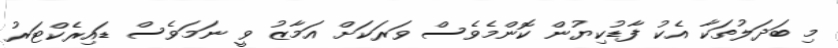
މި ބަދަލުތަކާ އެކު ފާޑުކިޔުން ކޮންމެވެސް ވަރަކަށް އަމާޒު ވީ ނަމަވެސް ޑައިރެކްޓަރު